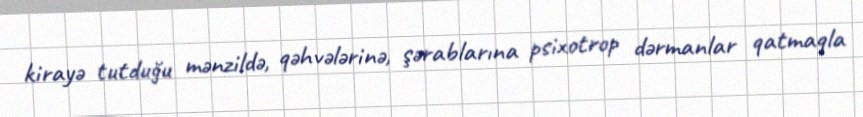
kirayə tutduğu mənzildə, qəhvələrinə, şərablarına psixotrop dərmanlar qatmaqla